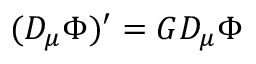
\ ( D _ { \mu } \Phi ) ^ { \prime } = G D _ { \mu } \Phi